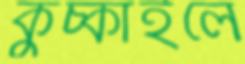
কুঁচ্‌কাইলে